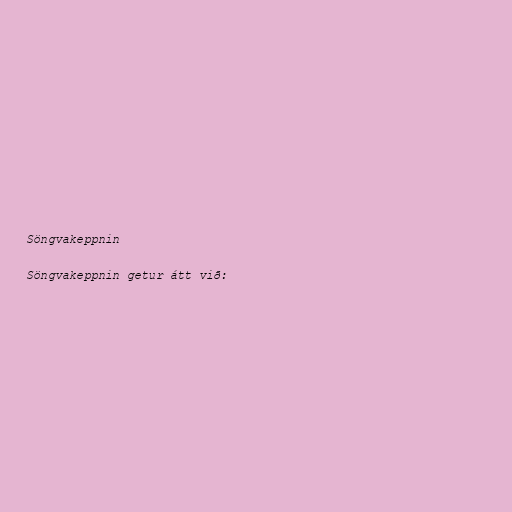
Söngvakeppnin

Söngvakeppnin getur átt við: